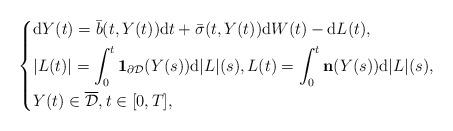
LaTeX: \begin{align*}\left\{\begin{aligned}& \mathrm{d}Y(t)=\bar{b}(t,Y(t))\mathrm{d}t+\bar{\sigma}(t,Y(t)) \mathrm{d}W(t)-\mathrm{d}L(t),\\& |L(t)|=\int^{t}_{0}\mathbf{1}_{\partial \mathcal{D}} (Y(s))\mathrm{d}|L|(s),L(t)=\int^{t}_{0}\mathbf{n}(Y(s))\mathrm{d}|L|(s),\\& Y(t)\in\overline{\mathcal{D}}, t\in[0,T],\end{aligned}\right.\end{align*}